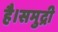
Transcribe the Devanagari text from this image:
है।समुद्री